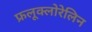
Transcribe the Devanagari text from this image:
फ्रलूक्लोरेलिन